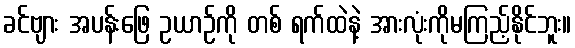
ခင်ဗျား အပန်းဖြေ ဥယာဉ်ကို တစ် ရက်ထဲနဲ့ အားလုံးကိုမကြည့်နိုင်ဘူး။